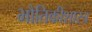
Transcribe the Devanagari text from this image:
भौतिकीशास्त्र